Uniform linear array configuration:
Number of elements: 12
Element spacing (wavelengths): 0.75
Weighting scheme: uniform
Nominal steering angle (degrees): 60
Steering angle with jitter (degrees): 59.284
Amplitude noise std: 0.05
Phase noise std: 0.05

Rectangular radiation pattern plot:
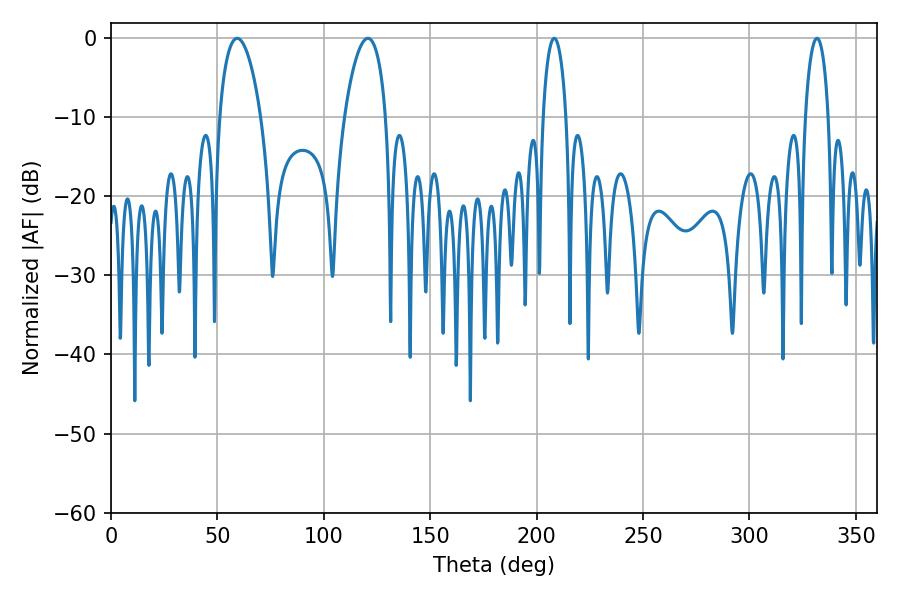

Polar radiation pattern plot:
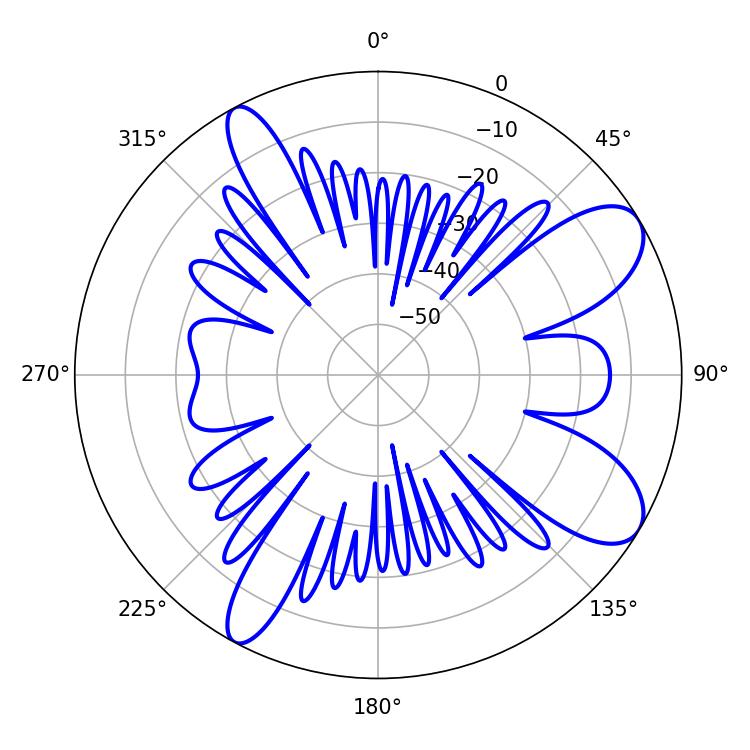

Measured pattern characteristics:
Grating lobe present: TRUE
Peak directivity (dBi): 9.139
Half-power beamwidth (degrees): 6.3
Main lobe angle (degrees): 208.26